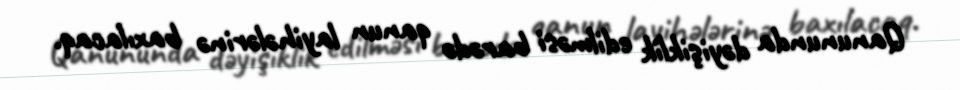
Qanununda dəyişiklik edilməsi barədə qanun layihələrinə baxılacaq.